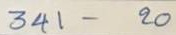
341 - 20